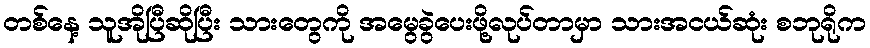
တစ်နေ့ သူအိုပြီဆိုပြီး သားတွေကို အမွေခွဲပေးဖို့လုပ်တာမှာ သားအငယ်ဆုံး စဘုရိုက